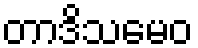
တာဒိသမေဝ